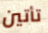
تأتين